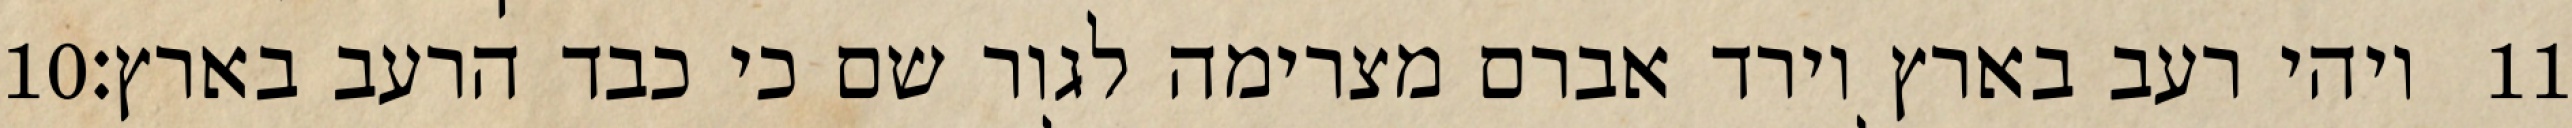
‎10‏ ויהי רעב בארץ וירד אברם מצרימה לגור שם כי כבד הרעב בארץ׃ ‎11‏